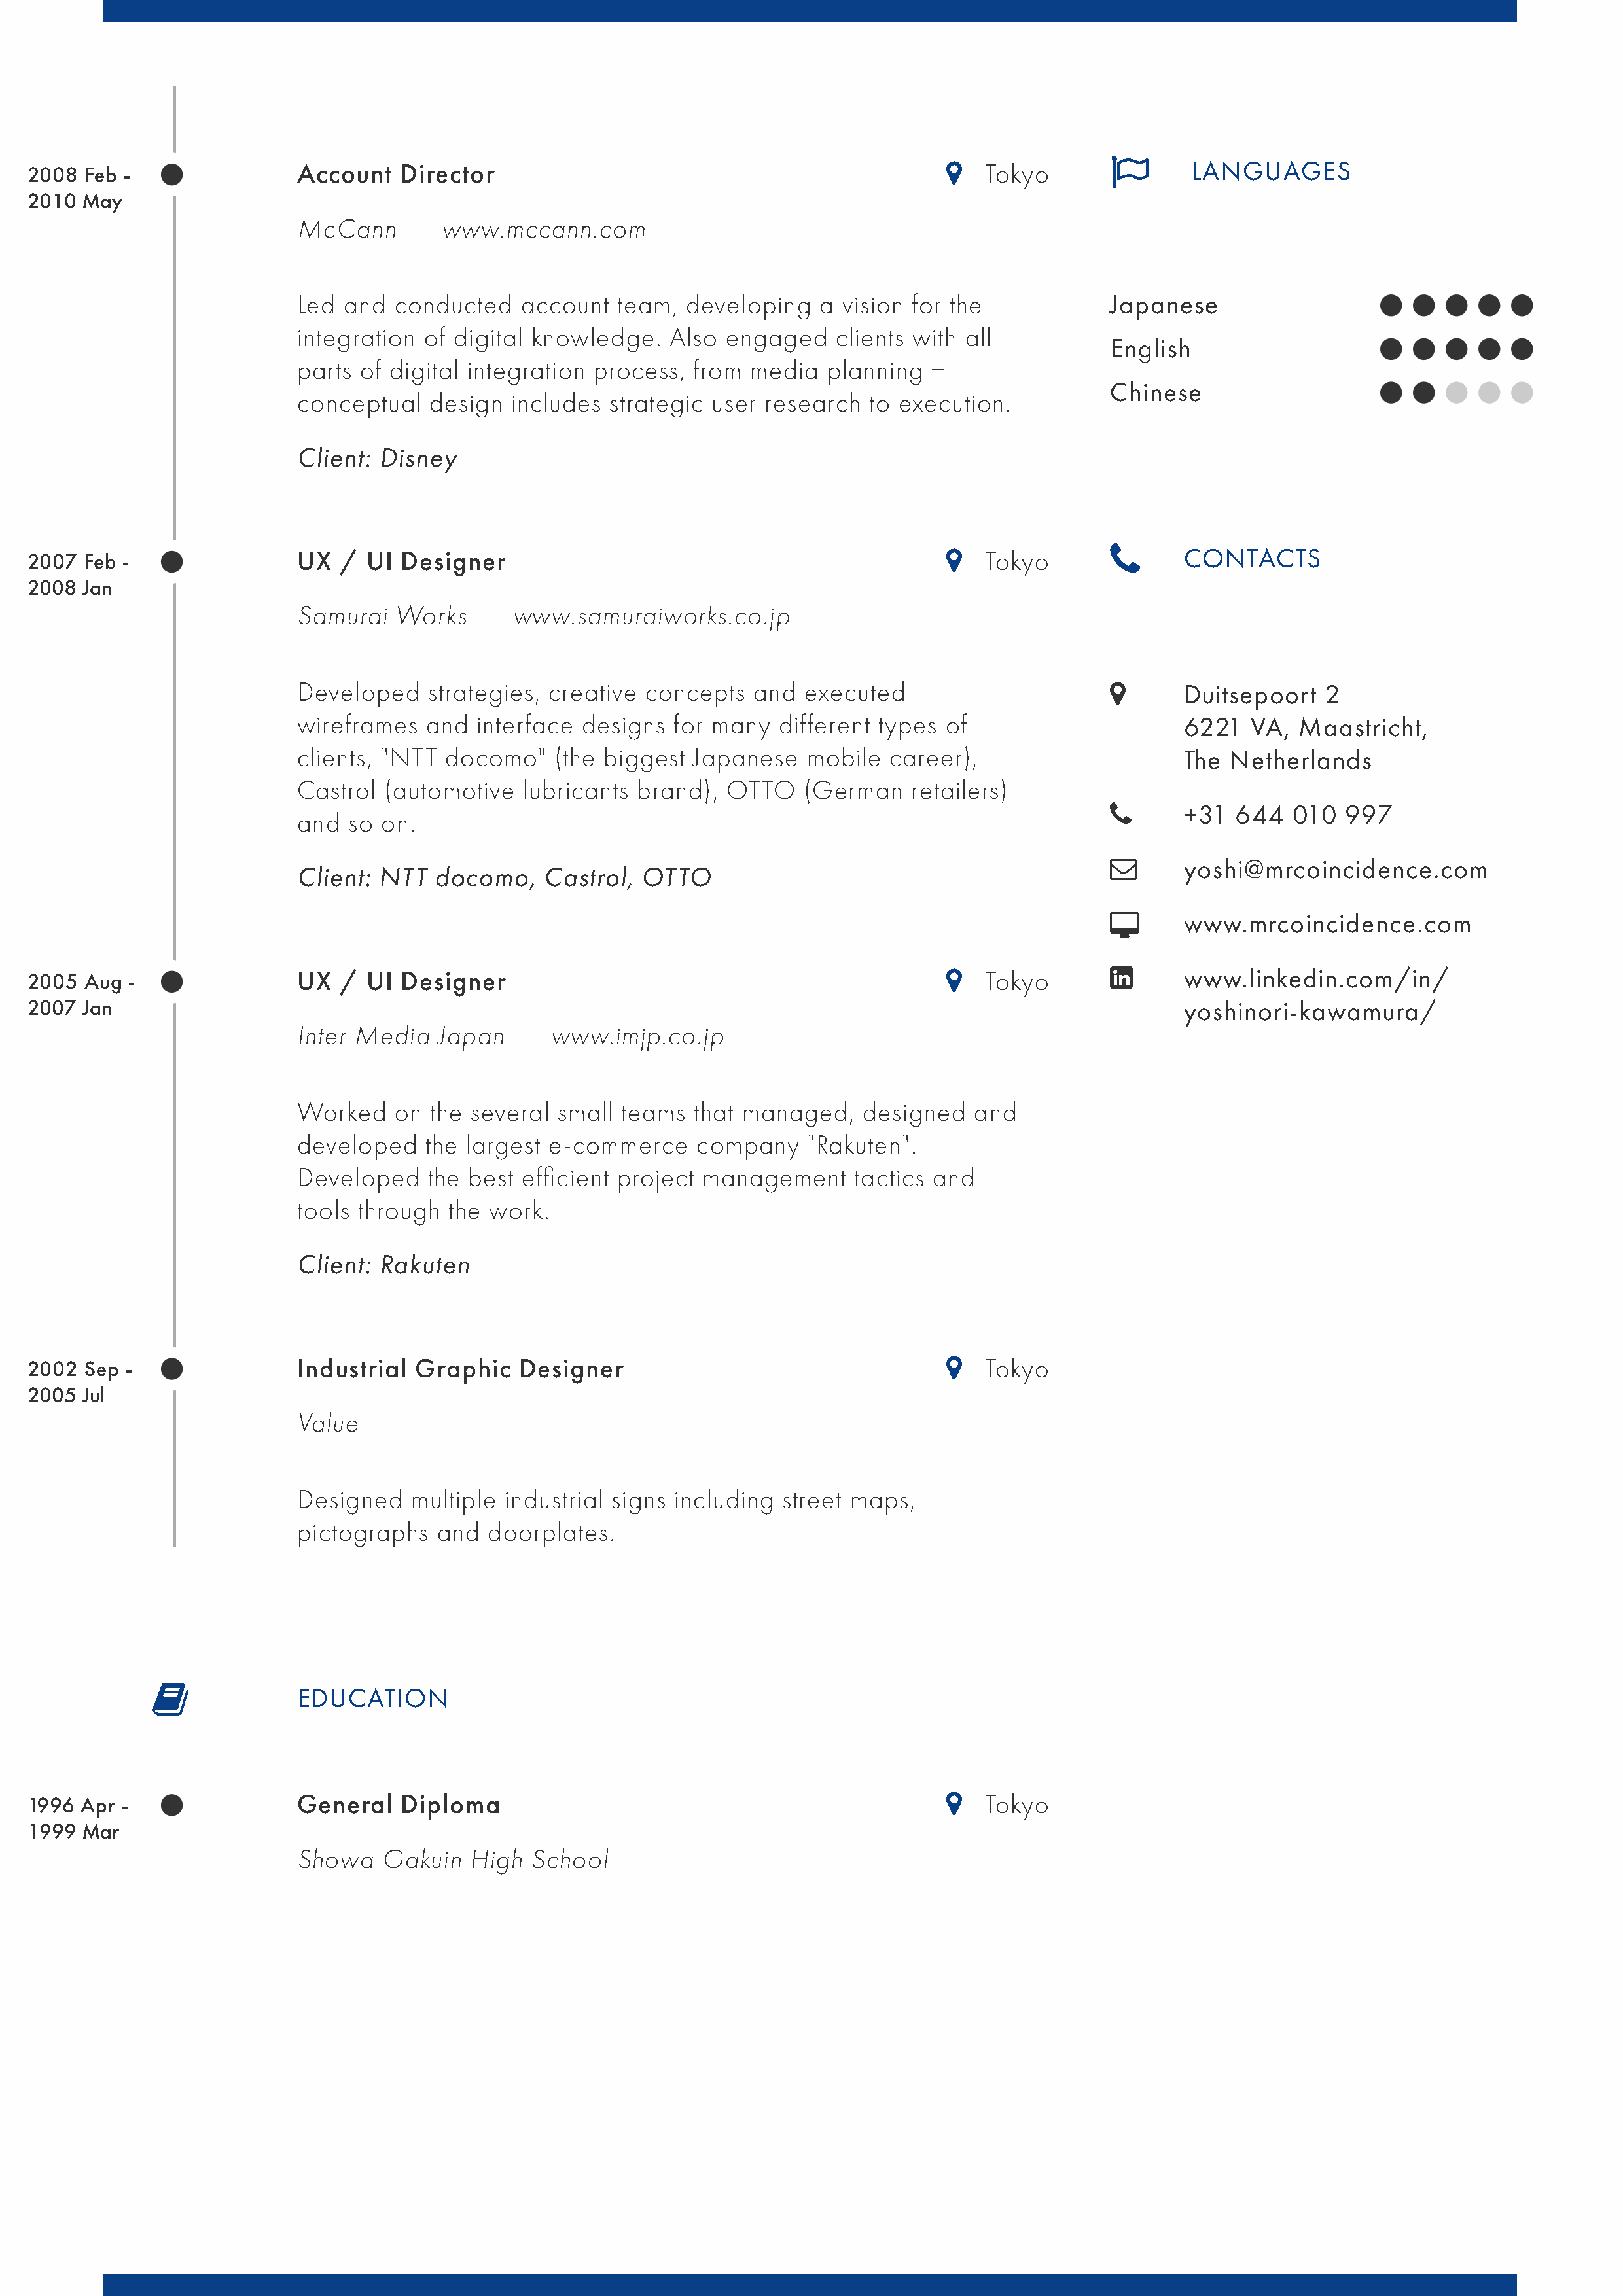
#
 2008  Feb -                Account    Director                                               !   Tokyo                LANGUAGES
 2010 May
 McCann         www.mccann.com
 Led  and  conducted    account  team,  developing    a vision for the             Japanese
 integration  of digital knowledge.    Also engaged     clients with all
 English
 parts of digital integration  process,  from  media   planning  +
 Chinese
 conceptual   design   includes  strategic user research   to execution.
 Client: Disney
 $
 2007 Feb -                 UX  /  UI  Designer                                               !   Tokyo               CONTACTS
 2008 Jan
 Samurai   Works       www.samuraiworks.co.jp
 Developed    strategies, creative  concepts   and  executed                       !       Duitsepoort   2
 wireframes   and  interface  designs  for many   different types  of                      6221   VA, Maastricht,
 clients, "NTT  docomo"    (the biggest  Japanese    mobile  career),                      The Netherlands
 Castrol  (automotive   lubricants brand),  OTTO    (German    retailers)
 $       +31  644   010  997
 and  so  on.
 %       yoshi@mrcoincidence.com
 Client: NTT   docomo,    Castrol,  OTTO
 &       www.mrcoincidence.com
 2005  Aug -                UX  /  UI  Designer                                               !   Tokyo       ’       www.linkedin.com/in/
 2007 Jan                                                                                                             yoshinori-kawamura/
 Inter Media   Japan       www.imjp.co.jp
 Worked    on  the several small  teams  that managed,    designed    and
 developed    the largest e-commerce     company     "Rakuten".
 Developed    the best  efficient project management     tactics and
 tools through  the work.
 Client: Rakuten
 2002  Sep -                Industrial  Graphic    Designer                                   !   Tokyo
 2005 Jul
 Value
 Designed    multiple industrial signs including  street maps,
 pictographs   and  doorplates.
 "
 EDUCATION
 1996 Apr -                 General    Diploma                                                !   Tokyo
 1999 Mar
 Showa    Gakuin   High  School